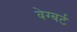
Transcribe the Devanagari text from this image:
वेग्बर्ट